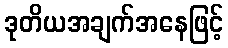
ဒုတိယအချက်အနေဖြင့်